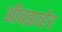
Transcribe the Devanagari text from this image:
ऑबझर्व्हर